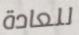
للعادة